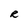
Character: R